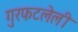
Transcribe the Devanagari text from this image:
गुरफटलेली